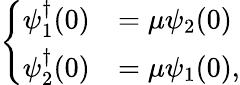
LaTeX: \left\{ \begin{array}{ll}{{\psi_{1}^{\dagger}(0)}}&{{=\mu\psi_{2}(0)}}\\ {{\psi_{2}^{\dagger}(0)}}&{{=\mu\psi_{1}(0),}}\end{array}\right.